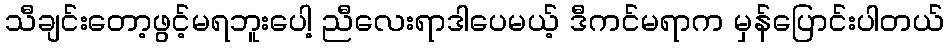
သီချင်းတော့ဖွင့်မရဘူးပေါ့ ညီလေးရာဒါပေမယ့် ဒီကင်မရာက မှန်ပြောင်းပါတယ်